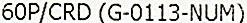
60P/CRD (G-0113-NUM)